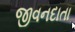
જીવનદાતા